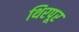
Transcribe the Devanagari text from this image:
थिरपूर